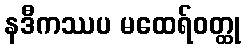
နဒီကဿပ မထေရ်ဝတ္ထု